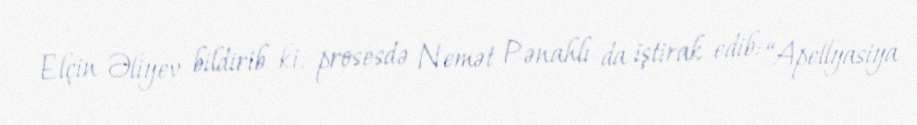
Elçin Əliyev bildirib ki, prosesdə Nemət Pənahlı da iştirak edib: “Apellyasiya